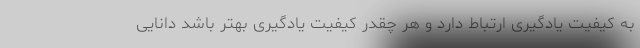
به کیفیت یادگیری ارتباط دارد و هر چقدر کیفیت یادگیری بهتر باشد دانایی